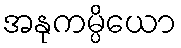
အနုကမ္ပိယော